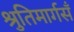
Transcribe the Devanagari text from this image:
श्रुतिमार्गसँ